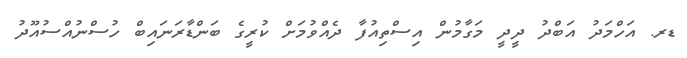
ޑރ. އަހްމަދު އަބްދު ދީދީ މަގާމުން އިސްތިއުފާ ދެއްވުމަށް ކުރީގެ ބަންޑާރަނައިބް ހުސްނުއްސުއޫދު